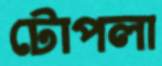
টোপলা